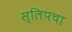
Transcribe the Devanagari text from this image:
स्लिपचा